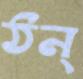
ঠন্